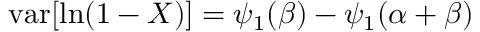
\operatorname { v a r } [ \ln ( 1 - X ) ] = \psi _ { 1 } ( \beta ) - \psi _ { 1 } ( \alpha + \beta )